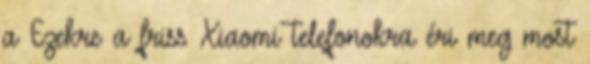
a Ezekre a friss Xiaomi telefonokra éri meg most